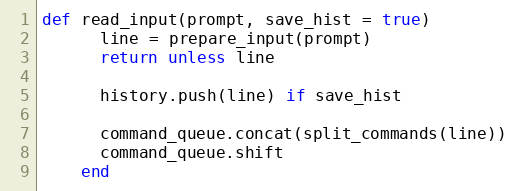
Language: Ruby
def read_input(prompt, save_hist = true)
      line = prepare_input(prompt)
      return unless line

      history.push(line) if save_hist

      command_queue.concat(split_commands(line))
      command_queue.shift
    end